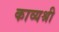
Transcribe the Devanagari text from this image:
काव्यश्री